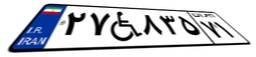
۲۷W۸۳۵۷۱